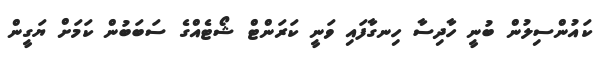
ކައުންސިލުން ބުނީ ހާދިސާ ހިނގާފައި ވަނީ ކަރަންޓް ޝޯޓެއްގެ ސަބަބުން ކަމަށް ޔަގީން